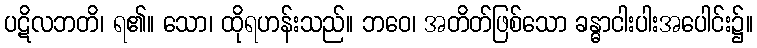
ပဋိလဘတိ၊ ရ၏။ သော၊ ထိုရဟန်းသည်။ ဘဝေ၊ အတိတ်ဖြစ်သော ခန္ဓာငါးပါးအပေါင်း၌။